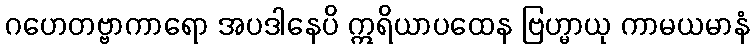
ဂဟေတဗ္ဗာကာရော အပဒါနေပိ ဣရိယာပထေန ဗြဟ္မာယု ကာမယမာနံ